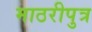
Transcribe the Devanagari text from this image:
माठरीपुत्र